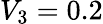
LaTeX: V_{3}=0.2